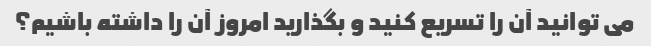
می توانید آن را تسریع کنید و بگذارید امروز آن را داشته باشیم؟